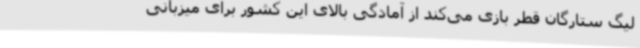
لیگ ستارگان قطر بازی می‌کند از آمادگی بالای این کشور برای میزبانی